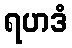
ရဟဒံ